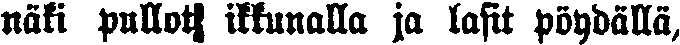
näki pullot ikkunalla ja lasit pöydällä,